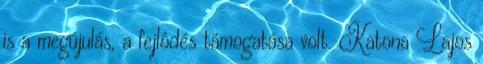
is a megújulás, a fejlôdés támogatása volt. Katona Lajos